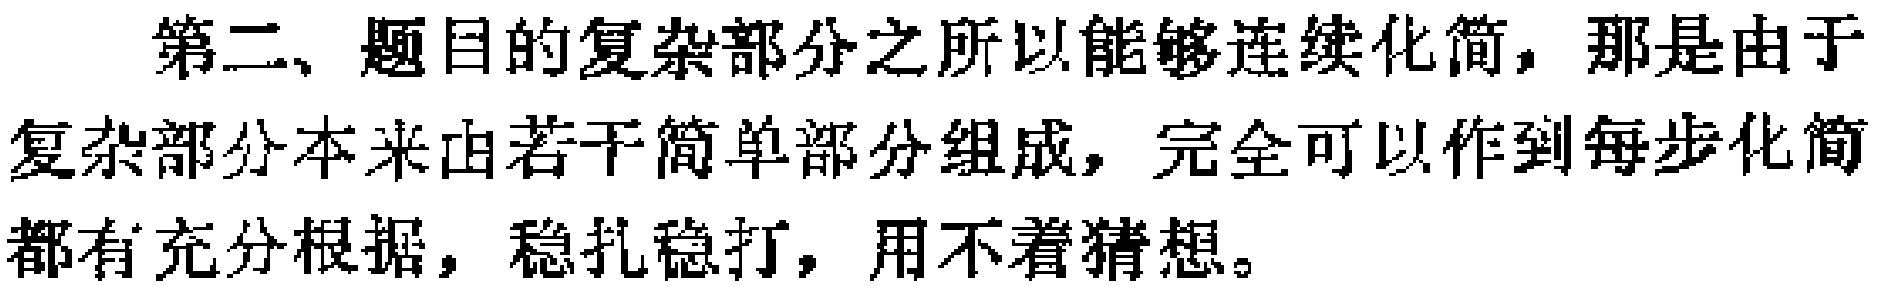
第二、题目的复杂部分之所以能够连续化简，那是由于复杂部分本来由若干简单部分组成，完全可以作到每步化简都有充分根据，稳扎稳打，用不着猜想。